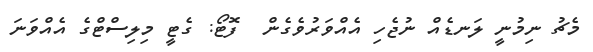
މެޗު ނިމުނީ ލަނޑެއް ނުޖެހި އެއްވަރުވެގެން  ފޮޓޯ: ގެޓީ މިލިސްޓްގެ އެއްވަނަ